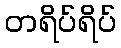
တရိပ်ရိပ်